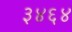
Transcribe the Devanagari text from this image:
३४६४